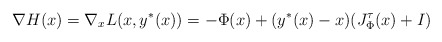
\begin{align*}\nabla H(x) =\nabla_x L(x, y^*(x)) = -\Phi(x) + (y^*(x) -x) (J^{\tau}_\Phi(x)+I)\end{align*}